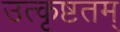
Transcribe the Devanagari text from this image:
उत्कृष्टतम्